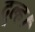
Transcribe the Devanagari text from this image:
दूल्ह।